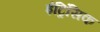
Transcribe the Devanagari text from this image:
इंट्रिंसिक